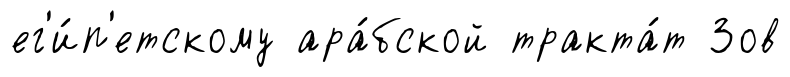
ег'и́п'етскому ара́бской тракта́т Зов